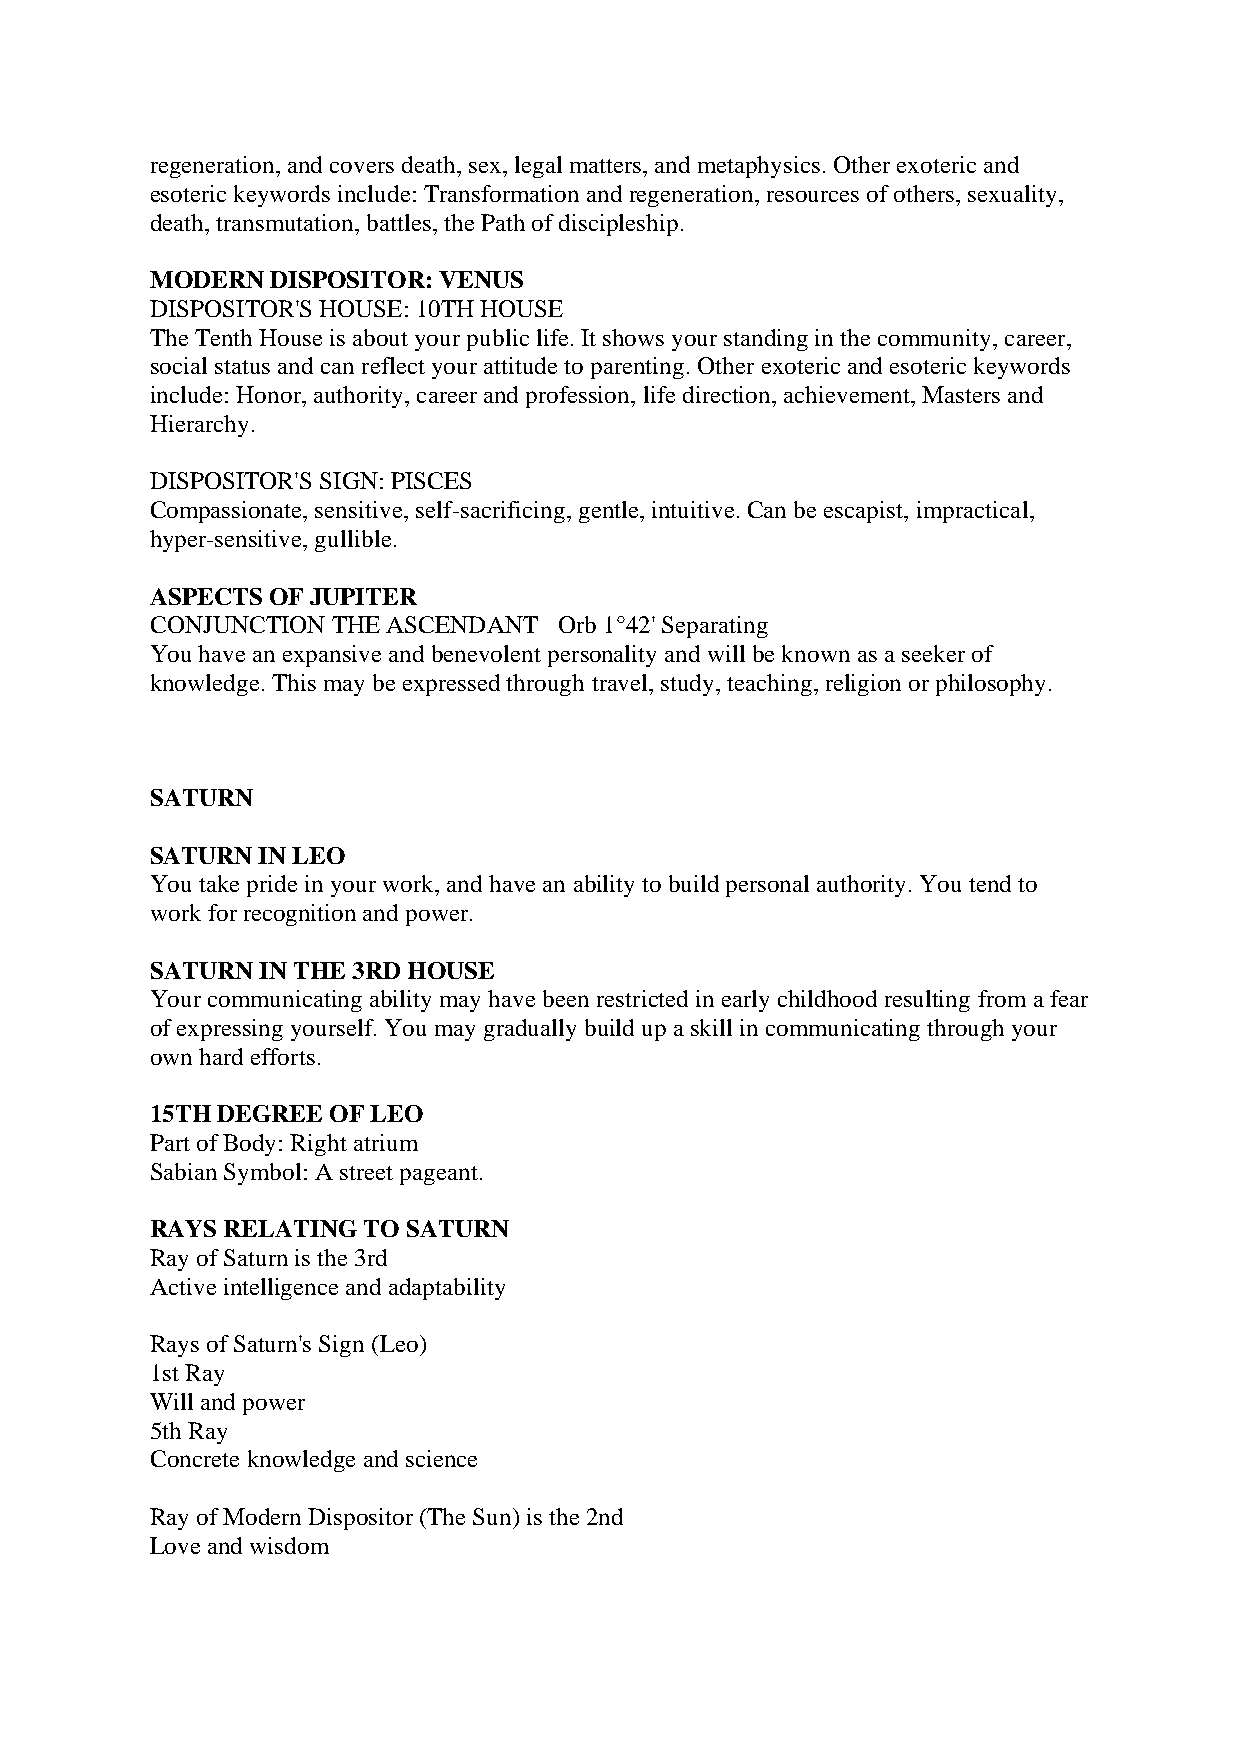
regeneration, and covers death, sex, legal matters, and metaphysics. Other exoteric and
 esoteric keywords include: Transformation and regeneration, resources of others, sexuality,
 death, transmutation, battles, the Path of discipleship.
 MODERN  DISPOSITOR: VENUS
 DISPOSITOR'S HOUSE: 10TH HOUSE
 The Tenth House is about your public life. It shows your standing in the community, career,
 social status and can reflect your attitude to parenting. Other exoteric and esoteric keywords
 include: Honor, authority, career and profession, life direction, achievement, Masters and
 Hierarchy.
 DISPOSITOR'S SIGN: PISCES
 Compassionate, sensitive, self-sacrificing, gentle, intuitive. Can be escapist, impractical,
 hyper-sensitive, gullible.
 ASPECTS OF JUPITER
 CONJUNCTION THE ASCENDANT  Orb 1°42' Separating
 You have an expansive and benevolent personality and will be known as a seeker of
 knowledge. This may be expressed through travel, study, teaching, religion or philosophy.
 SATURN
 SATURN IN LEO
 You take pride in your work, and have an ability to build personal authority. You tend to
 work for recognition and power.
 SATURN IN THE 3RD HOUSE
 Your communicating ability may have been restricted in early childhood resulting from a fear
 of expressing yourself. You may gradually build up a skill in communicating through your
 own hard efforts.
 15TH DEGREE OF LEO
 Part of Body: Right atrium
 Sabian Symbol: A street pageant.
 RAYS RELATING TO SATURN
 Ray of Saturn is the 3rd
 Active intelligence and adaptability
 Rays of Saturn's Sign (Leo)
 1st Ray
 Will and power
 5th Ray
 Concrete knowledge and science
 Ray of Modern Dispositor (The Sun) is the 2nd
 Love and wisdom